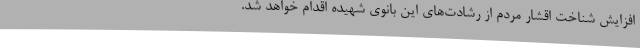
افزایش شناخت اقشار مردم از رشادت‌های این بانوی شهیده اقدام خواهد شد.